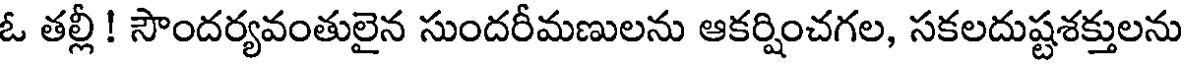
ఓ తల్లీ ! సౌందర్యవంతులైన సుందరీమణులను ఆకర్షించగల, సకలదుష్టశక్తులను